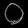
Digit: ၀